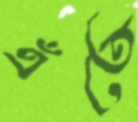
এঁতে